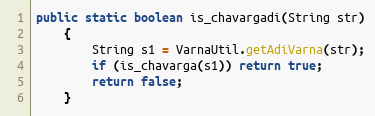
Language: Java
public static boolean is_chavargadi(String str)
    {
        String s1 = VarnaUtil.getAdiVarna(str);
        if (is_chavarga(s1)) return true;
        return false;
    }